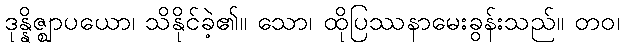
ဒုန္နိဇ္ဈာပယော၊ သိနိုင်ခဲ့၏။ သော၊ ထိုပြဿနာမေးခွန်းသည်။ တဝ၊